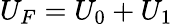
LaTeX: U_{F}=U_{0}+U_{1}